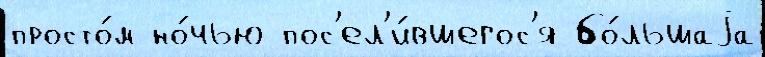
просто́м но́чью пос'ел'и́вшегос'я бо́льшаjа